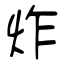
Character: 炸